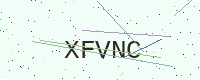
Text: XFVNC